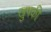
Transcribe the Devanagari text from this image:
ख़ुषकी